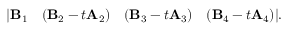
\vert { \bf B } _ { 1 } \quad ( { \bf B } _ { 2 } - t { \bf A } _ { 2 } ) \quad ( { \bf B } _ { 3 } - t { \bf A } _ { 3 } ) \quad ( { \bf B } _ { 4 } - t { \bf A } _ { 4 } ) \vert .